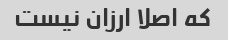
که اصلا ارزان نیست